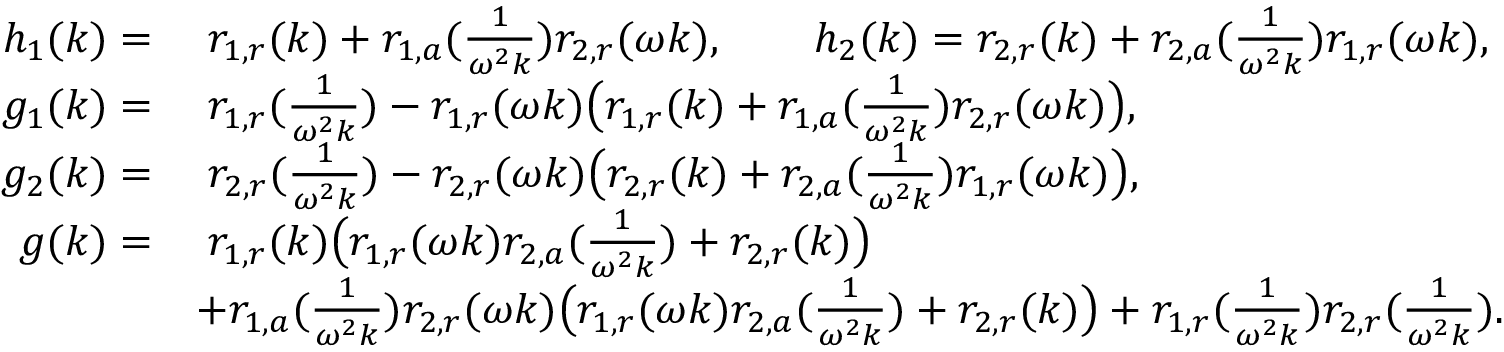
\begin{array} { r l } { h _ { 1 } ( k ) = } & { \; r _ { 1 , r } ( k ) + r _ { 1 , a } ( \frac { 1 } { \omega ^ { 2 } k } ) r _ { 2 , r } ( \omega k ) , \qquad h _ { 2 } ( k ) = r _ { 2 , r } ( k ) + r _ { 2 , a } ( \frac { 1 } { \omega ^ { 2 } k } ) r _ { 1 , r } ( \omega k ) , } \\ { g _ { 1 } ( k ) = } & { \; r _ { 1 , r } ( \frac { 1 } { \omega ^ { 2 } k } ) - r _ { 1 , r } ( \omega k ) \big ( r _ { 1 , r } ( k ) + r _ { 1 , a } ( \frac { 1 } { \omega ^ { 2 } k } ) r _ { 2 , r } ( \omega k ) \big ) , } \\ { g _ { 2 } ( k ) = } & { \; r _ { 2 , r } ( \frac { 1 } { \omega ^ { 2 } k } ) - r _ { 2 , r } ( \omega k ) \big ( r _ { 2 , r } ( k ) + r _ { 2 , a } ( \frac { 1 } { \omega ^ { 2 } k } ) r _ { 1 , r } ( \omega k ) \big ) , } \\ { g ( k ) = } & { \; r _ { 1 , r } ( k ) \big ( r _ { 1 , r } ( \omega k ) r _ { 2 , a } ( \frac { 1 } { \omega ^ { 2 } k } ) + r _ { 2 , r } ( k ) \big ) } \\ & { + r _ { 1 , a } ( \frac { 1 } { \omega ^ { 2 } k } ) r _ { 2 , r } ( \omega k ) \big ( r _ { 1 , r } ( \omega k ) r _ { 2 , a } ( \frac { 1 } { \omega ^ { 2 } k } ) + r _ { 2 , r } ( k ) \big ) + r _ { 1 , r } ( \frac { 1 } { \omega ^ { 2 } k } ) r _ { 2 , r } ( \frac { 1 } { \omega ^ { 2 } k } ) . } \end{array}